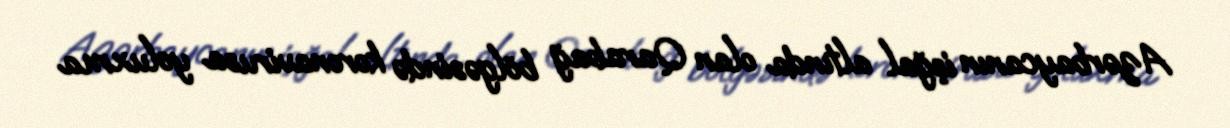
Azərbaycanın işğal altında olan Qarabağ bölgəsində koronavirusa yoluxma